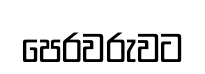
පෙරවරුවට